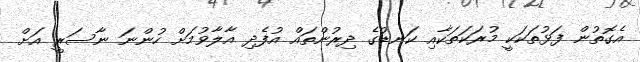
އެގޮތުން ފަޅުތަކަކީ މުރަކަތަކާއި ކަނޑުގެ ދިރުންތައް އުފެދި އާލާވުމަށް ހުންނަ ނާސަރީ އަށް